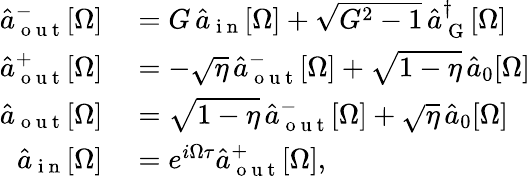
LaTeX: \begin{array}{rl}{\hat{a}_{\mathrm{~o~u~t~}}^{-}[\Omega]}&{{}=G\, \hat{a}_{\mathrm{~i~n~}}[\Omega]+\sqrt{G^{2}-1}\, \hat{a}_{\mathrm{~G~}}^{\dagger}[\Omega]}\\ {\hat{a}_{\mathrm{~o~u~t~}}^{+}[\Omega]}&{{}=-\sqrt{\eta}\, \hat{a}_{\mathrm{~o~u~t~}}^{-}[\Omega]+\sqrt{1-\eta}\, \hat{a}_{0}[\Omega]}\\ {\hat{a}_{\mathrm{~o~u~t~}}[\Omega]}&{{}=\sqrt{1-\eta}\, \hat{a}_{\mathrm{~o~u~t~}}^{-}[\Omega]+\sqrt{\eta}\, \hat{a}_{0}[\Omega]}\\ {\hat{a}_{\mathrm{~i~n~}}[\Omega]}&{{}=e^{i\Omega\tau}\hat{a}_{\mathrm{~o~u~t~}}^{+}[\Omega],}\end{array}